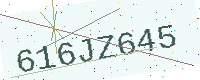
Text: 616JZ645